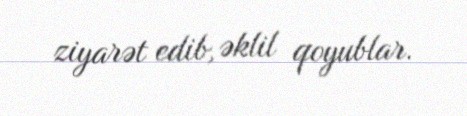
ziyarət edib, əklil qoyublar.